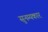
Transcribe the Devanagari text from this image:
सुनम्यकार